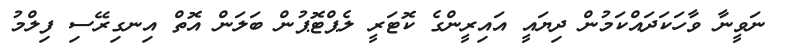
ނަވީނާ ވާހަކަދައްކަމުން ދިޔައީ އައިރީންގެ ކޮޓަރީ ލެޕްޓޮޕުން ބަލަން އޮތް އިނގިރޭސި ފިލްމު